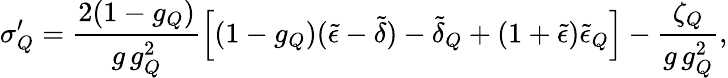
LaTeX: \sigma_{Q}^{\prime}=\frac{2(1-g_{Q})}{g\, g_{Q}^{2}}\left[(1-g_{Q})(\tilde{\epsilon}-\tilde{\delta})-\tilde{\delta}_{Q}+(1+\tilde{\epsilon})\tilde{\epsilon}_{Q}\right]-\frac{\zeta_{Q}}{g\, g_{Q}^{2}},